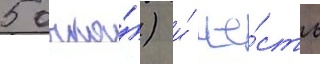
5 очка́) и́ ше́сть